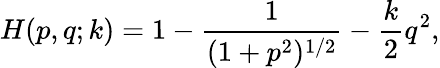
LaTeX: H(p,q;k)=1-\frac{1}{(1+p^{2})^{1/2}}-\frac{k}{2}q^{2},